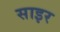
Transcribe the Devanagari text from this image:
साइर